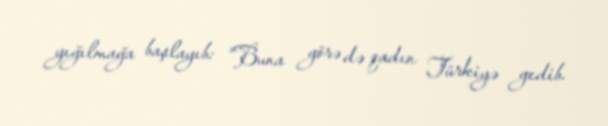
yığılmağa başlayıb: “Buna görə də qadın Türkiyə gedib.